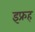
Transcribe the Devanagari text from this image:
इफ्रह